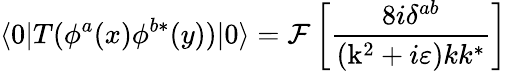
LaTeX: \langle 0|T(\phi^{a}(x)\phi^{b*}(y))|0\rangle={\cal F}\left[\frac{8i\delta^{ab}}{(\mathrm{k}^{2}+i\varepsilon)kk^{*}}\right]